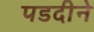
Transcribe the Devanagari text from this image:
पडदीने